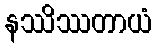
နဿိဿတာယံ